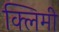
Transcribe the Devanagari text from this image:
क्लिमी